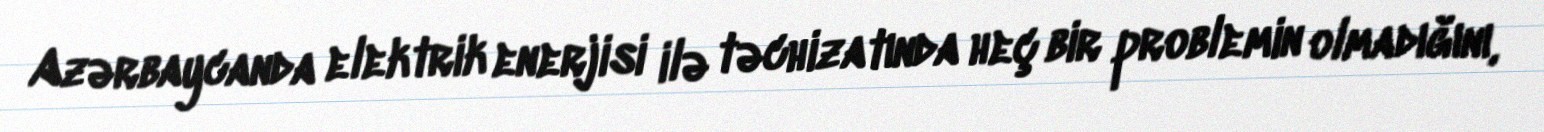
Azərbaycanda elektrik enerjisi ilə təchizatında heç bir problemin olmadığını,